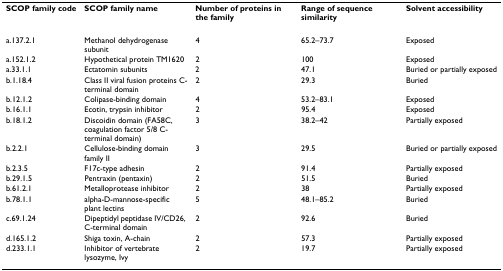
| SCOP family code | SCOP family name | Number of proteins in the family | Range of sequence similarity | Solvent accessibility |
 | --- | --- | --- | --- | --- |
 | a.137.2.1 | Methanol dehydrogenase subunit | 4 | 65.2–73.7 | Exposed |
 | a.152.1.2 | Hypothetical protein TM1620 | 2 | 100 | Exposed |
 | a.33.1.1 | Ectatomin subunits | 2 | 47.1 | Buried or partially exposed |
 | b.1.18.4 | Class II viral fusion proteins C-terminal domain | 2 | 29.3 | Buried |
 | b.12.1.2 | Colipase-binding domain | 4 | 53.2–83.1 | Exposed |
 | b.16.1.1 | Ecotin, trypsin inhibitor | 2 | 95.4 | Exposed |
 | b.18.1.2 | Discoidin domain (FA58C, coagulation factor 5/8 C-terminal domain) | 3 | 38.2–42 | Partially exposed |
 | b.2.2.1 | Cellulose-binding domain family II | 3 | 29.5 | Buried or partially exposed |
 | b.2.3.5 | F17c-type adhesin | 2 | 91.4 | Partially exposed |
 | b.29.1.5 | Pentraxin (pentaxin) | 2 | 51.5 | Buried |
 | b.61.2.1 | Metalloprotease inhibitor | 2 | 38 | Partially exposed |
 | b.78.1.1 | alpha-D-mannose-specific plant lectins | 5 | 48.1–85.2 | Buried |
 | c.69.1.24 | Dipeptidyl peptidase IV/CD26, C-terminal domain | 2 | 92.6 | Buried |
 | d.165.1.2 | Shiga toxin, A-chain | 2 | 57.3 | Partially exposed |
 | d.233.1.1 | Inhibitor of vertebrate lysozyme, Ivy | 2 | 19.7 | Partially exposed |